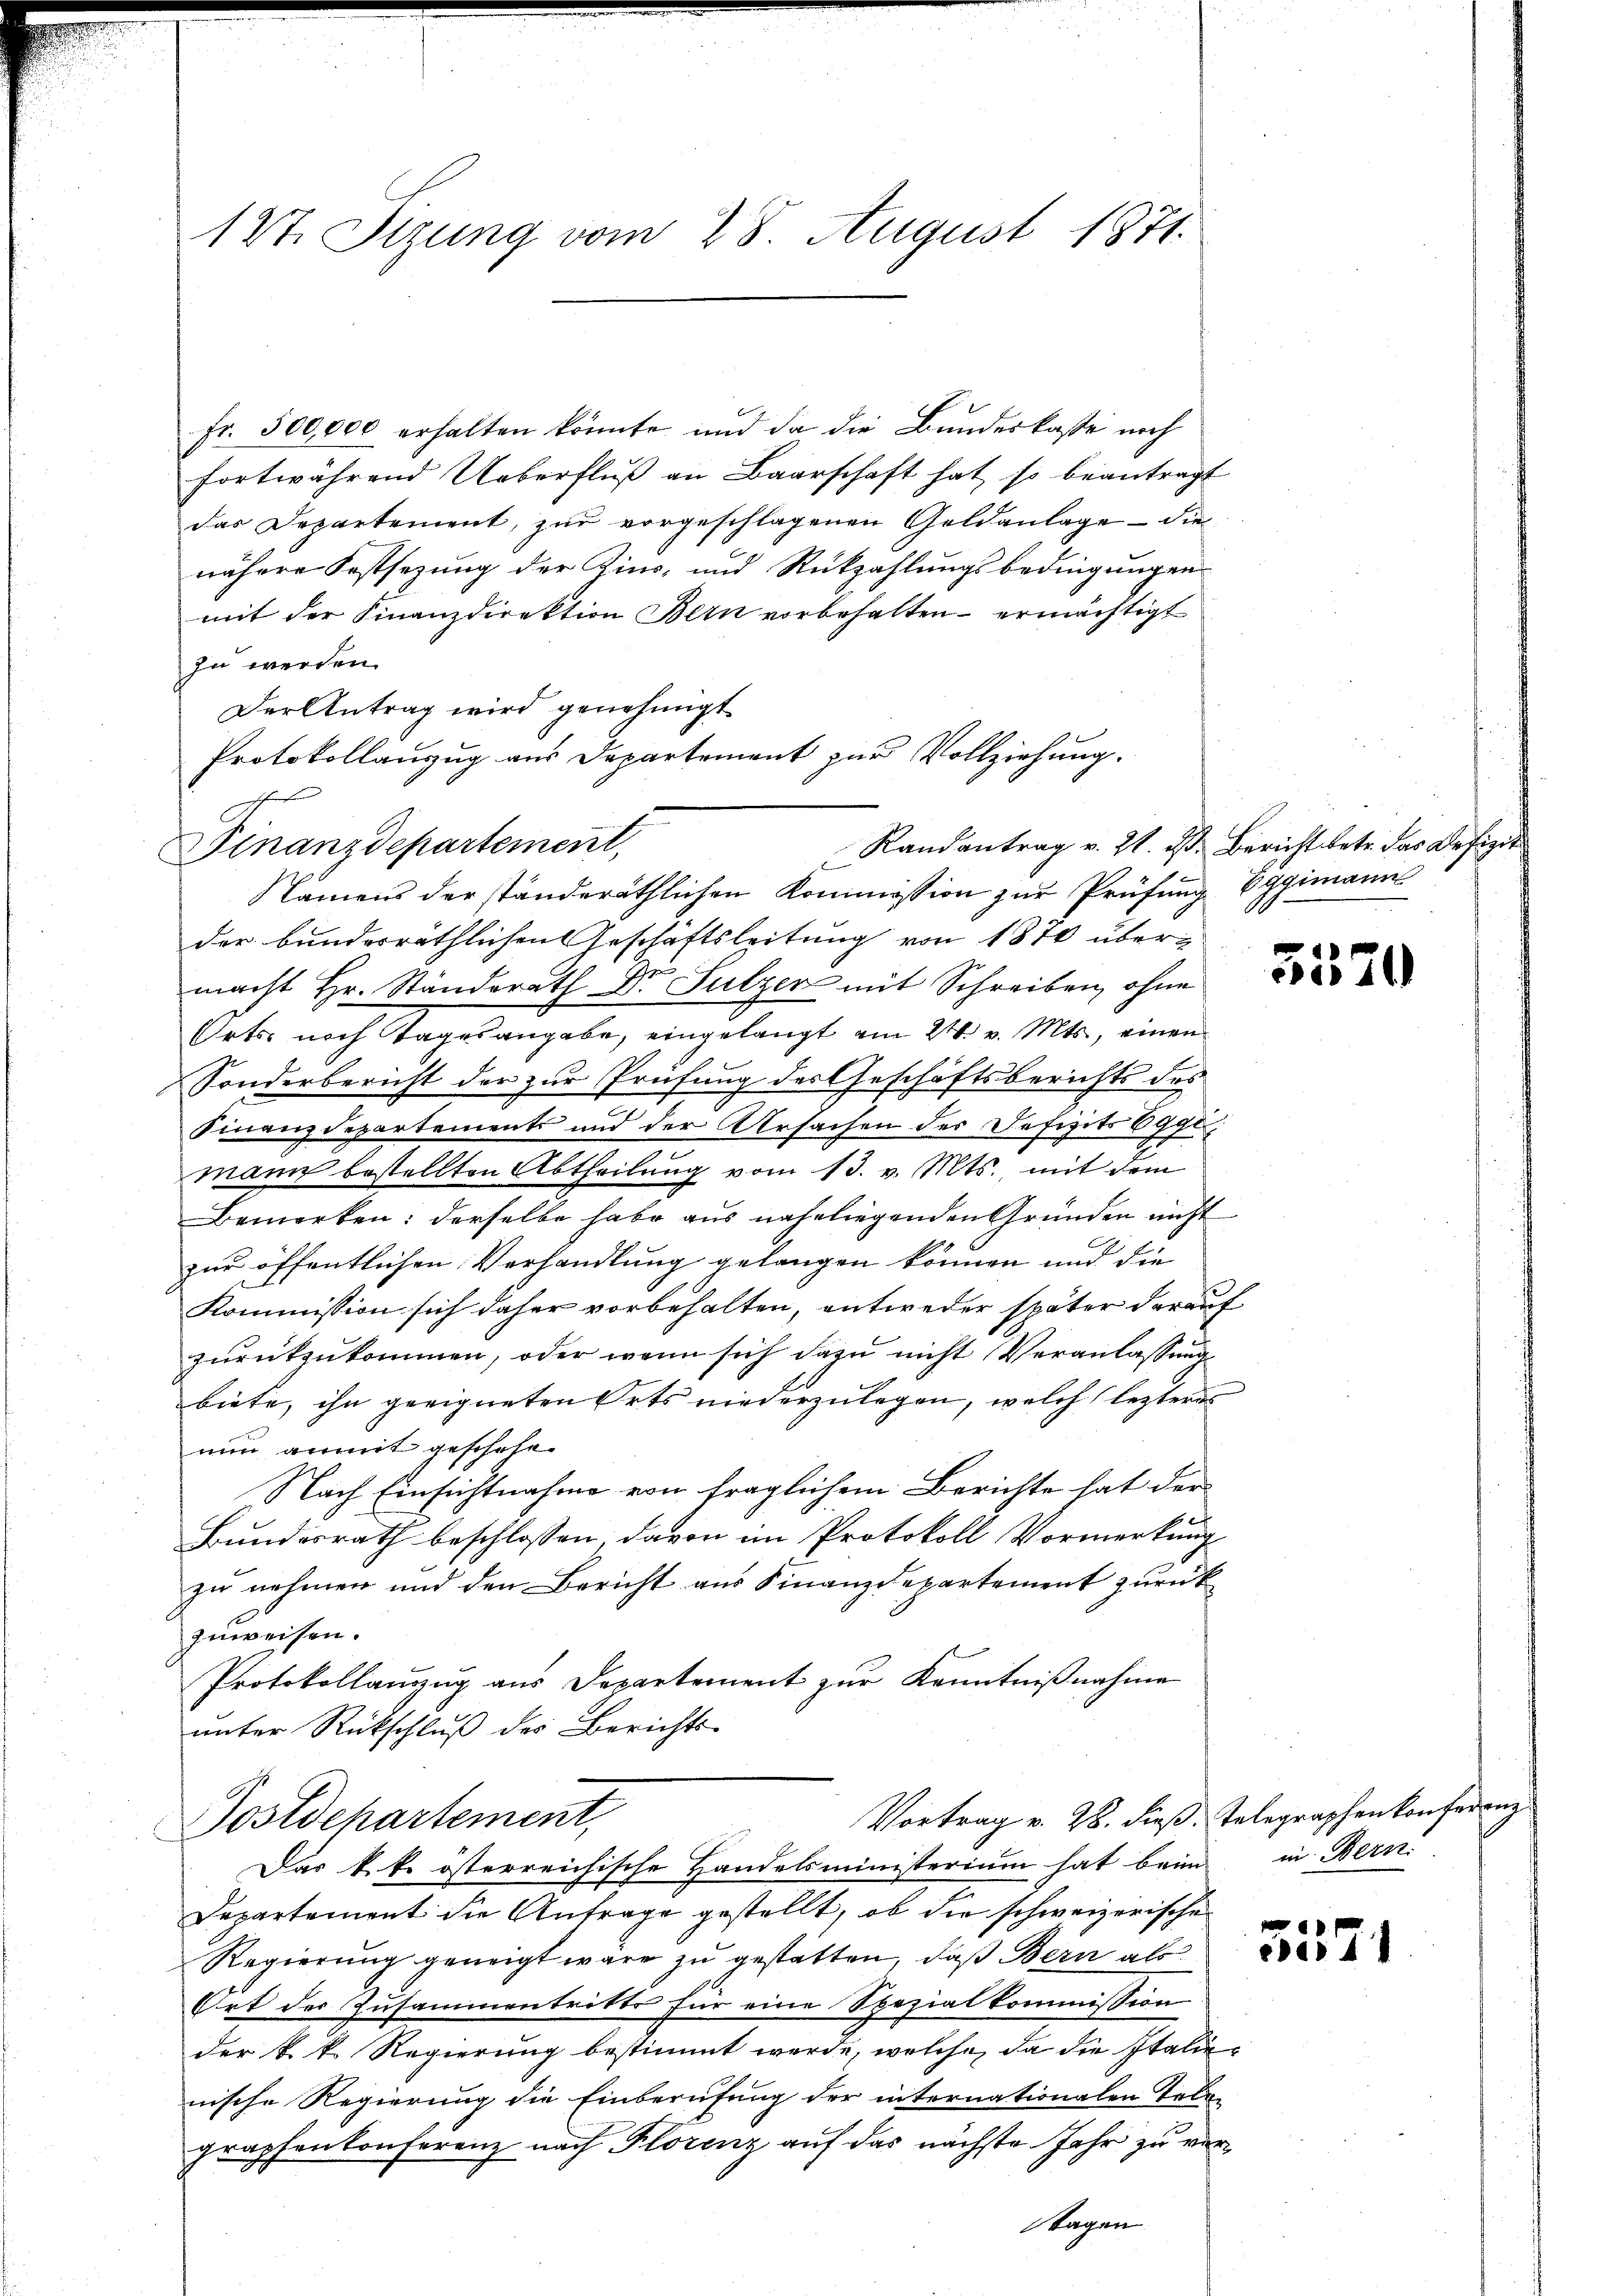
127. Stzung vom 28. August 1871.

Fr. 500,000 erhalten könnte, und da die Bundeskasse noch
fortwährend Ueberflŭβ an Baarschaft hat, so beantragt
das Departement, zur vorgeschlagenen Geldanlage – die
nähere Festsezung der Zins- und Rückzahlungsbedingungen
mit der Finanzdirektion Bern vorbehalten ermächtigt
zu werden.
Der Antrag wird genehmigt
Namens der ständeräthlichen Kommission zur Prüfung Eggimann
der bundesräthlichen Geschäftsleitung von 1870 übermacht Hr. Ständerath Dr Sulzer mit Schreiben, ohne
Orts noch Tagesangabe, eingelangt am 24. v. Mts., einen
Sonderbericht der zur Prüfung des Geschäftsberichts des
Finanzdepartements und der Ursachen der Defizits 69gl
mann bestellten Abtheilung vom 13. v. Mts., mit dem
Bemerken: derselbe habe aus naheliegenden Gründen nicht
zur öffentlichen Verhandlung gelangen können und die
Kommission sich daher vorbehalten, entweder später darauf
zurückzukommen, oder wenn sich dazu nicht Veranlassung
biete, ihn geeigneten Orts niederzulegen, welch lezteres
nun anmit geschehe.
Nach Einsichtnahme von fraglichem Berichte hat der
Bundesrath beschlossen davon im Protokoll Vormerkung
zu nehmen und den Bericht aus Finanzdepartement zurück
zuweisen.
Protokollanzzug aus Departement zur Kenntnißnahme
unter Rückschluß des Berichts-

Protokollanzug aus Departement zur Vollziehung.
h
Randantrag v. 21. d. Bericht betr. das Defizit
Plnanzdepartement,

Vortrag v. 28. dieß. Telegraphenkonferenz
Postdchartement,

Das k.k. österreichische Handelsministerium hat beim
Departement die Anfrage gestellt, ob die schweizerische
Regierung geneigt wäre zu gestatten, daß Bern als
Ort des Zusammentritts für eine Spezialkommission
der k. k. Regierung bestimmt werde, welche, da die Italie
nische Regierung die Einberufung der internationalen Telegraphenkonferenz nach Florenz auf das nächste Jahr zu ver¬
Tagen

3570

in Bern.

55521